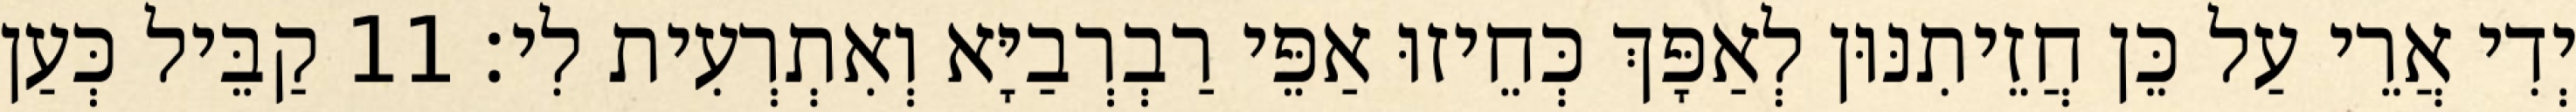
יְדִי אֲרֵי עַל כֵּן חֲזֵיתִנּוּן לְאַפָּךְ כְּחֵיזוּ אַפֵּי רַבְרְבַיָּא וְאִתְרְעִית לִי׃ 11 קַבֵּיל כְּעַן